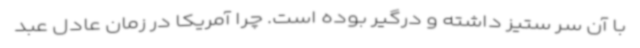
با آن سر ستیز داشته و درگیر بوده است. چرا آمریکا در زمان عادل عبد